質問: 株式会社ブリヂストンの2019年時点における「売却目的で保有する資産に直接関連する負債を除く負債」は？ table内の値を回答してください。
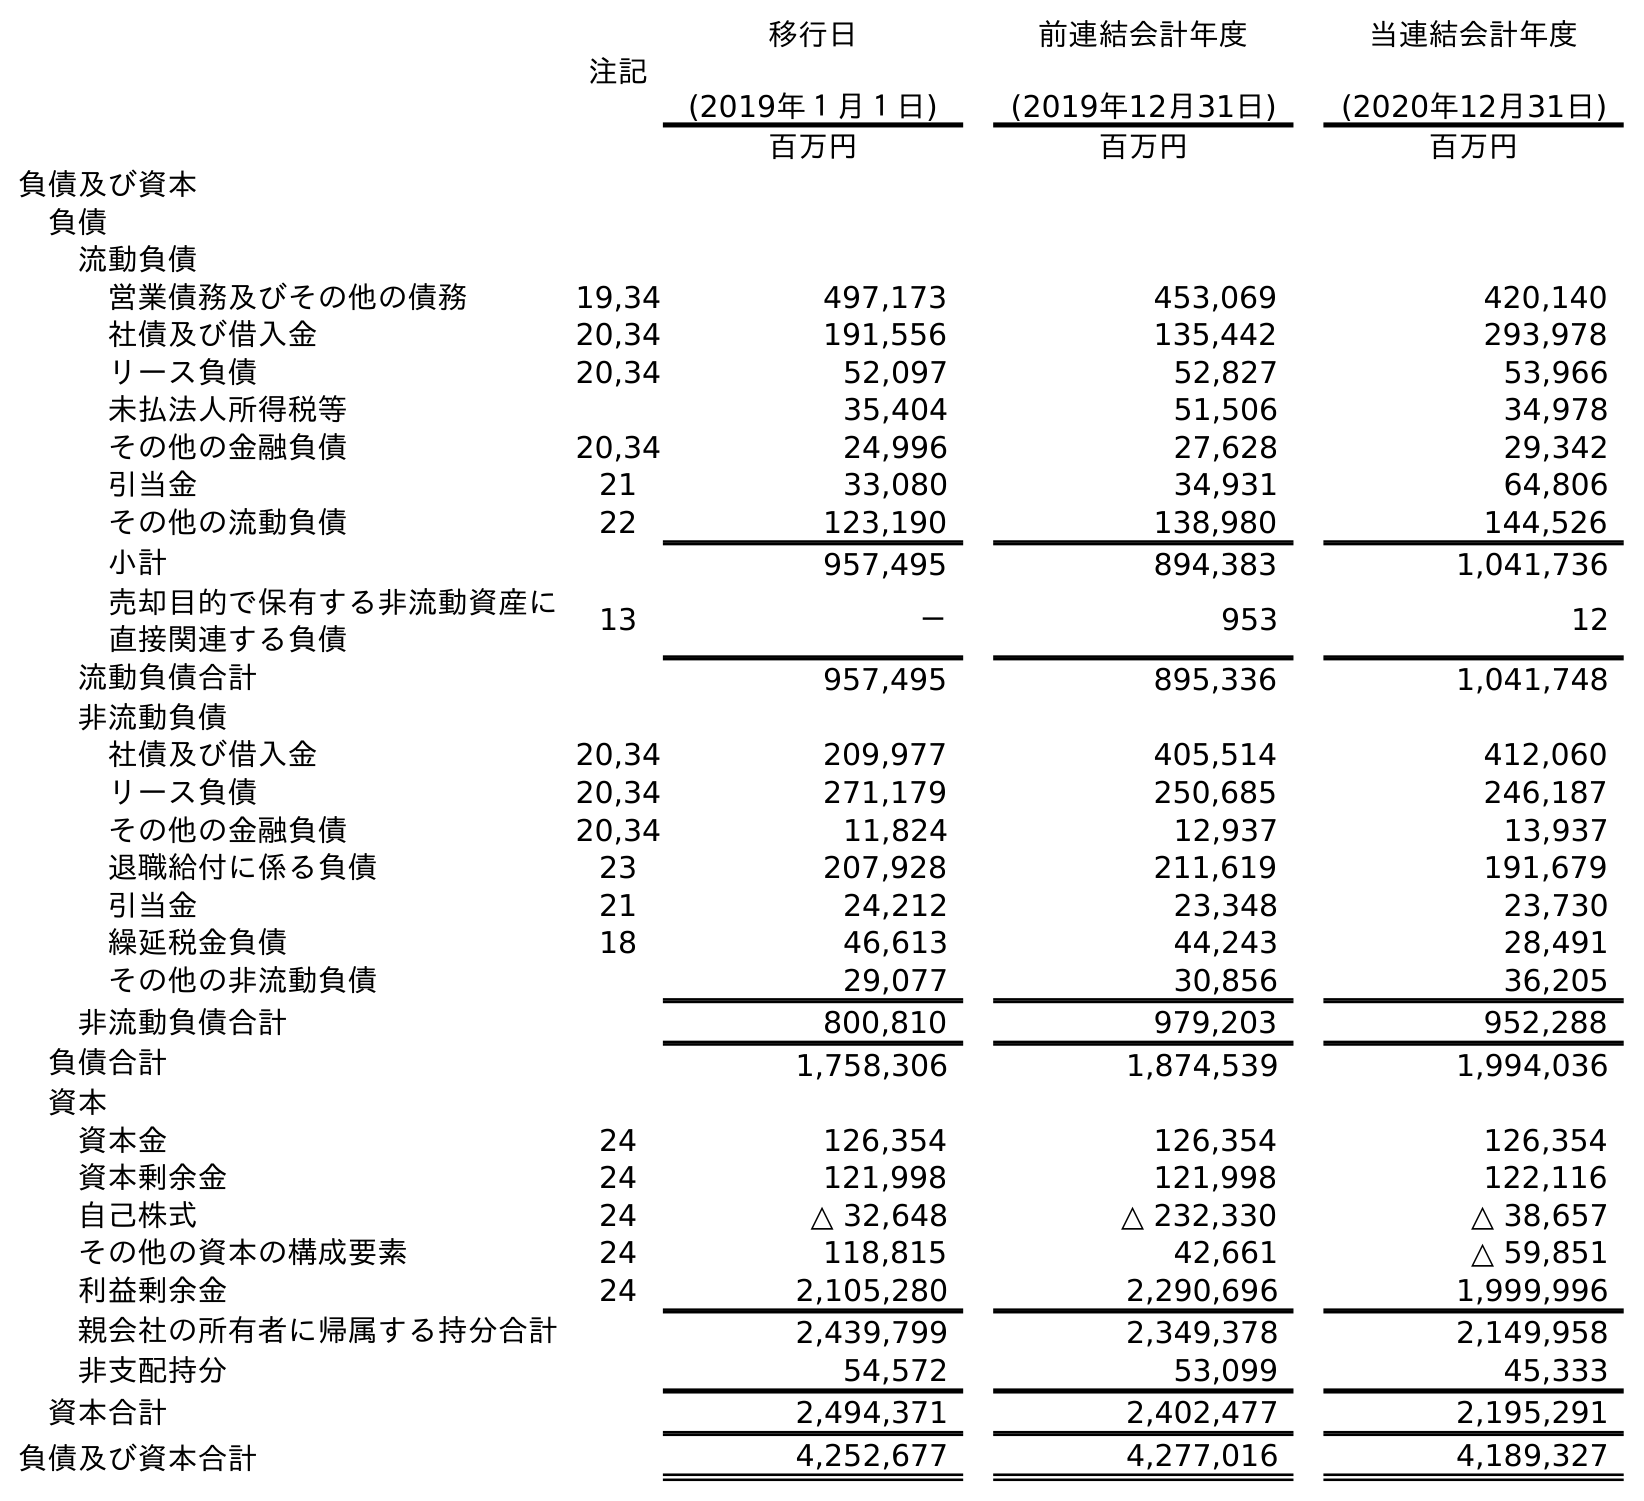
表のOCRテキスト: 注記 移行日 (2019年１月１日) 前連結会計年度 (2019年12月31日) 当連結会計年度 (2020年12月31日) 百万円 百万円 百万円 負債及び資本 負債 流動負債 営業債務及びその他の債務 19,34 497,173 453,069 420,140 社債及び借入金 20,34 191,556 135,442 293,978 リース負債 20,34 52,097 52,827 53,966 未払法人所得税等 35,404 51,506 34,978 その他の金融負債 20,34 24,996 27,628 29,342 引当金 21 33,080 34,931 64,806 その他の流動負債 22 123,190 138,980 144,526 小計 957,495 894,383 1,041,736 売却目的で保有する非流動資産に 直接関連する負債 13 － 953 12 流動負債合計 957,495 895,336 1,041,748 非流動負債 社債及び借入金 20,34 209,977 405,514 412,060 リース負債 20,34 271,179 250,685 246,187 その他の金融負債 20,34 11,824 12,937 13,937 退職給付に係る負債 23 207,928 211,619 191,679 引当金 21 24,212 23,348 23,730 繰延税金負債 18 46,613 44,243 28,491 その他の非流動負債 29,077 30,856 36,205 非流動負債合計 800,810 979,203 952,288 負債合計 1,758,306 1,874,539 1,994,036 資本 資本金 24 126,354 126,354 126,354 資本剰余金 24 121,998 121,998 122,116 自己株式 24 △ 32,648 △ 232,330 △ 38,657 その他の資本の構成要素 24 118,815 42,661 △ 59,851 利益剰余金 24 2,105,280 2,290,696 1,999,996 親会社の所有者に帰属する持分合計 2,439,799 2,349,378 2,149,958 非支配持分 54,572 53,099 45,333 資本合計 2,494,371 2,402,477 2,195,291 負債及び資本合計 4,252,677 4,277,016 4,189,327
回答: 894,383